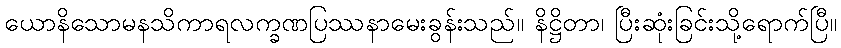
ယောနိသောမနသိကာရလက္ခဏပြဿနာမေးခွန်းသည်။ နိဋ္ဌိတာ၊ ပြီးဆုံးခြင်းသို့ရောက်ပြီ။